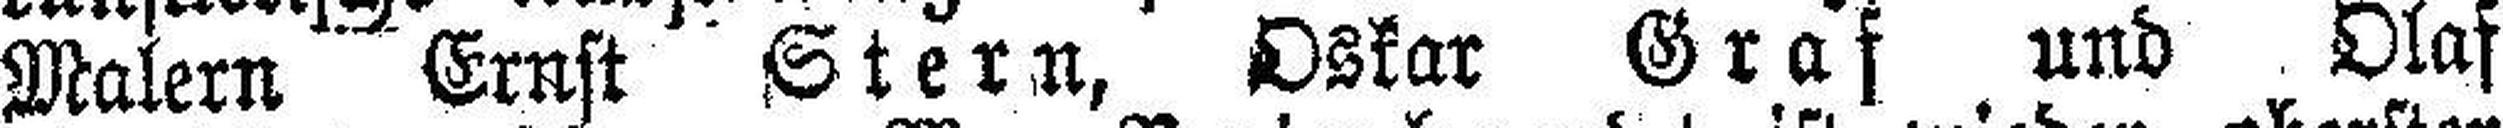
Malern Ernst Stern, Oskar Graf und Olaf